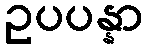
ဥပပန္နာ